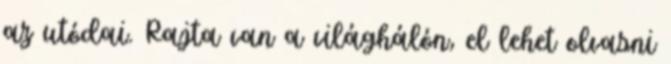
az utódai. Rajta van a világhálón, el lehet olvasni